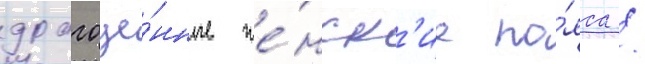
драгоце́нные же́нск'ие по́яса /